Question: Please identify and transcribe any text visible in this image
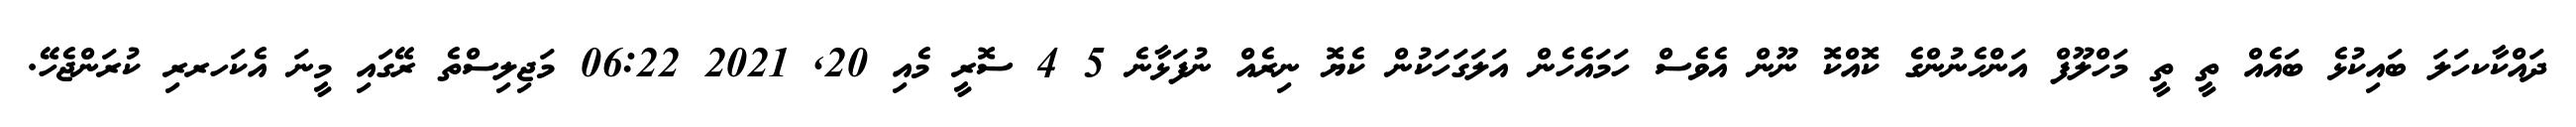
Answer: ދައްކާކހަލަ ބައިކުޅެ ބައެއް ތީ ތީ މަހްލޫފް އަންހެނުންގެ ކޮއްކޮ ނޫން އެވެސް ހަމައެހެން އަލަގަހަކުން ކެޔޮ ނިރެއް ނުފަޅާނެ 5 4 ސޮރީ މެއި 20, 2021 06:22 މަޖިލިސްތެ ރޭގައި މީނަ އެކަހރރި ކުރަންޖެހޭ.